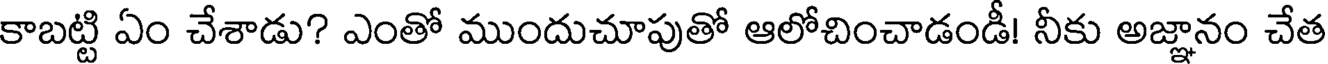
కాబట్టి ఏం చేశాడు? ఎంతో ముందుచూపుతో ఆలోచించాడండీ! నీకు అజ్ఞానం చేత